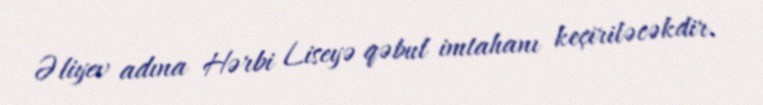
Əliyev adına Hərbi Liseyə qəbul imtahanı keçiriləcəkdir.